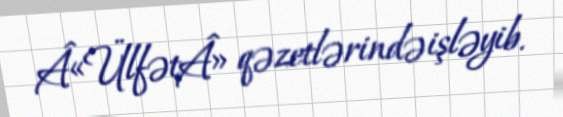
Â«ÜlfətÂ» qəzetlərində işləyib.